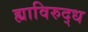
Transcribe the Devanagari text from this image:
ह्याविरुद्ध